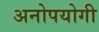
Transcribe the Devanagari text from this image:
अनोपयोगी